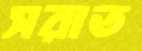
সরাত